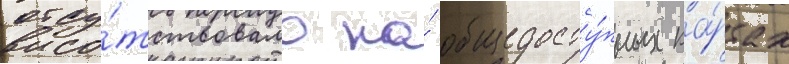
отсу́тствовало на́ общедосту́пных ка́ртах